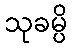
သုခမ္ပိ